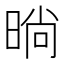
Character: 㫾